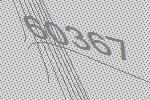
60367